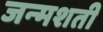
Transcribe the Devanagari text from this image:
जन्‍मशती